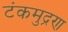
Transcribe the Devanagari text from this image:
टंकमुद्रण